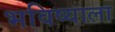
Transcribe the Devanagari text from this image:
भविष्याला